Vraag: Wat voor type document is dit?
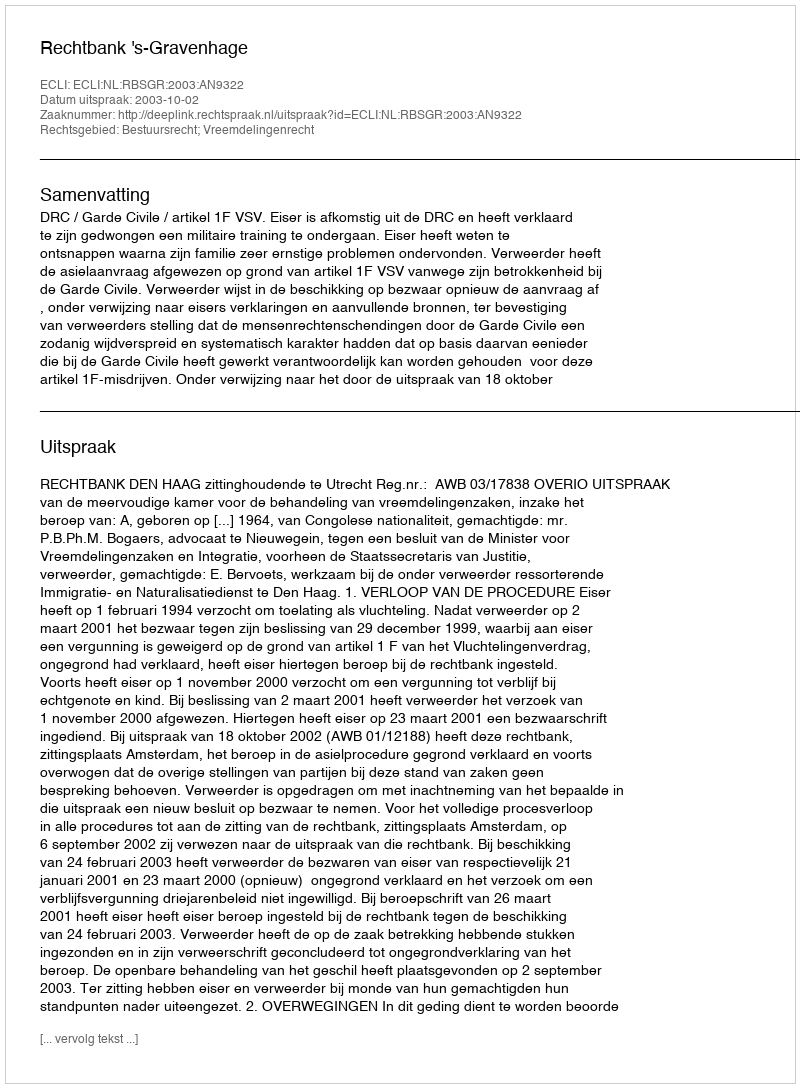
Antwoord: Uitspraak